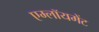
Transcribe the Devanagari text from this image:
एम्लॉयमेंट